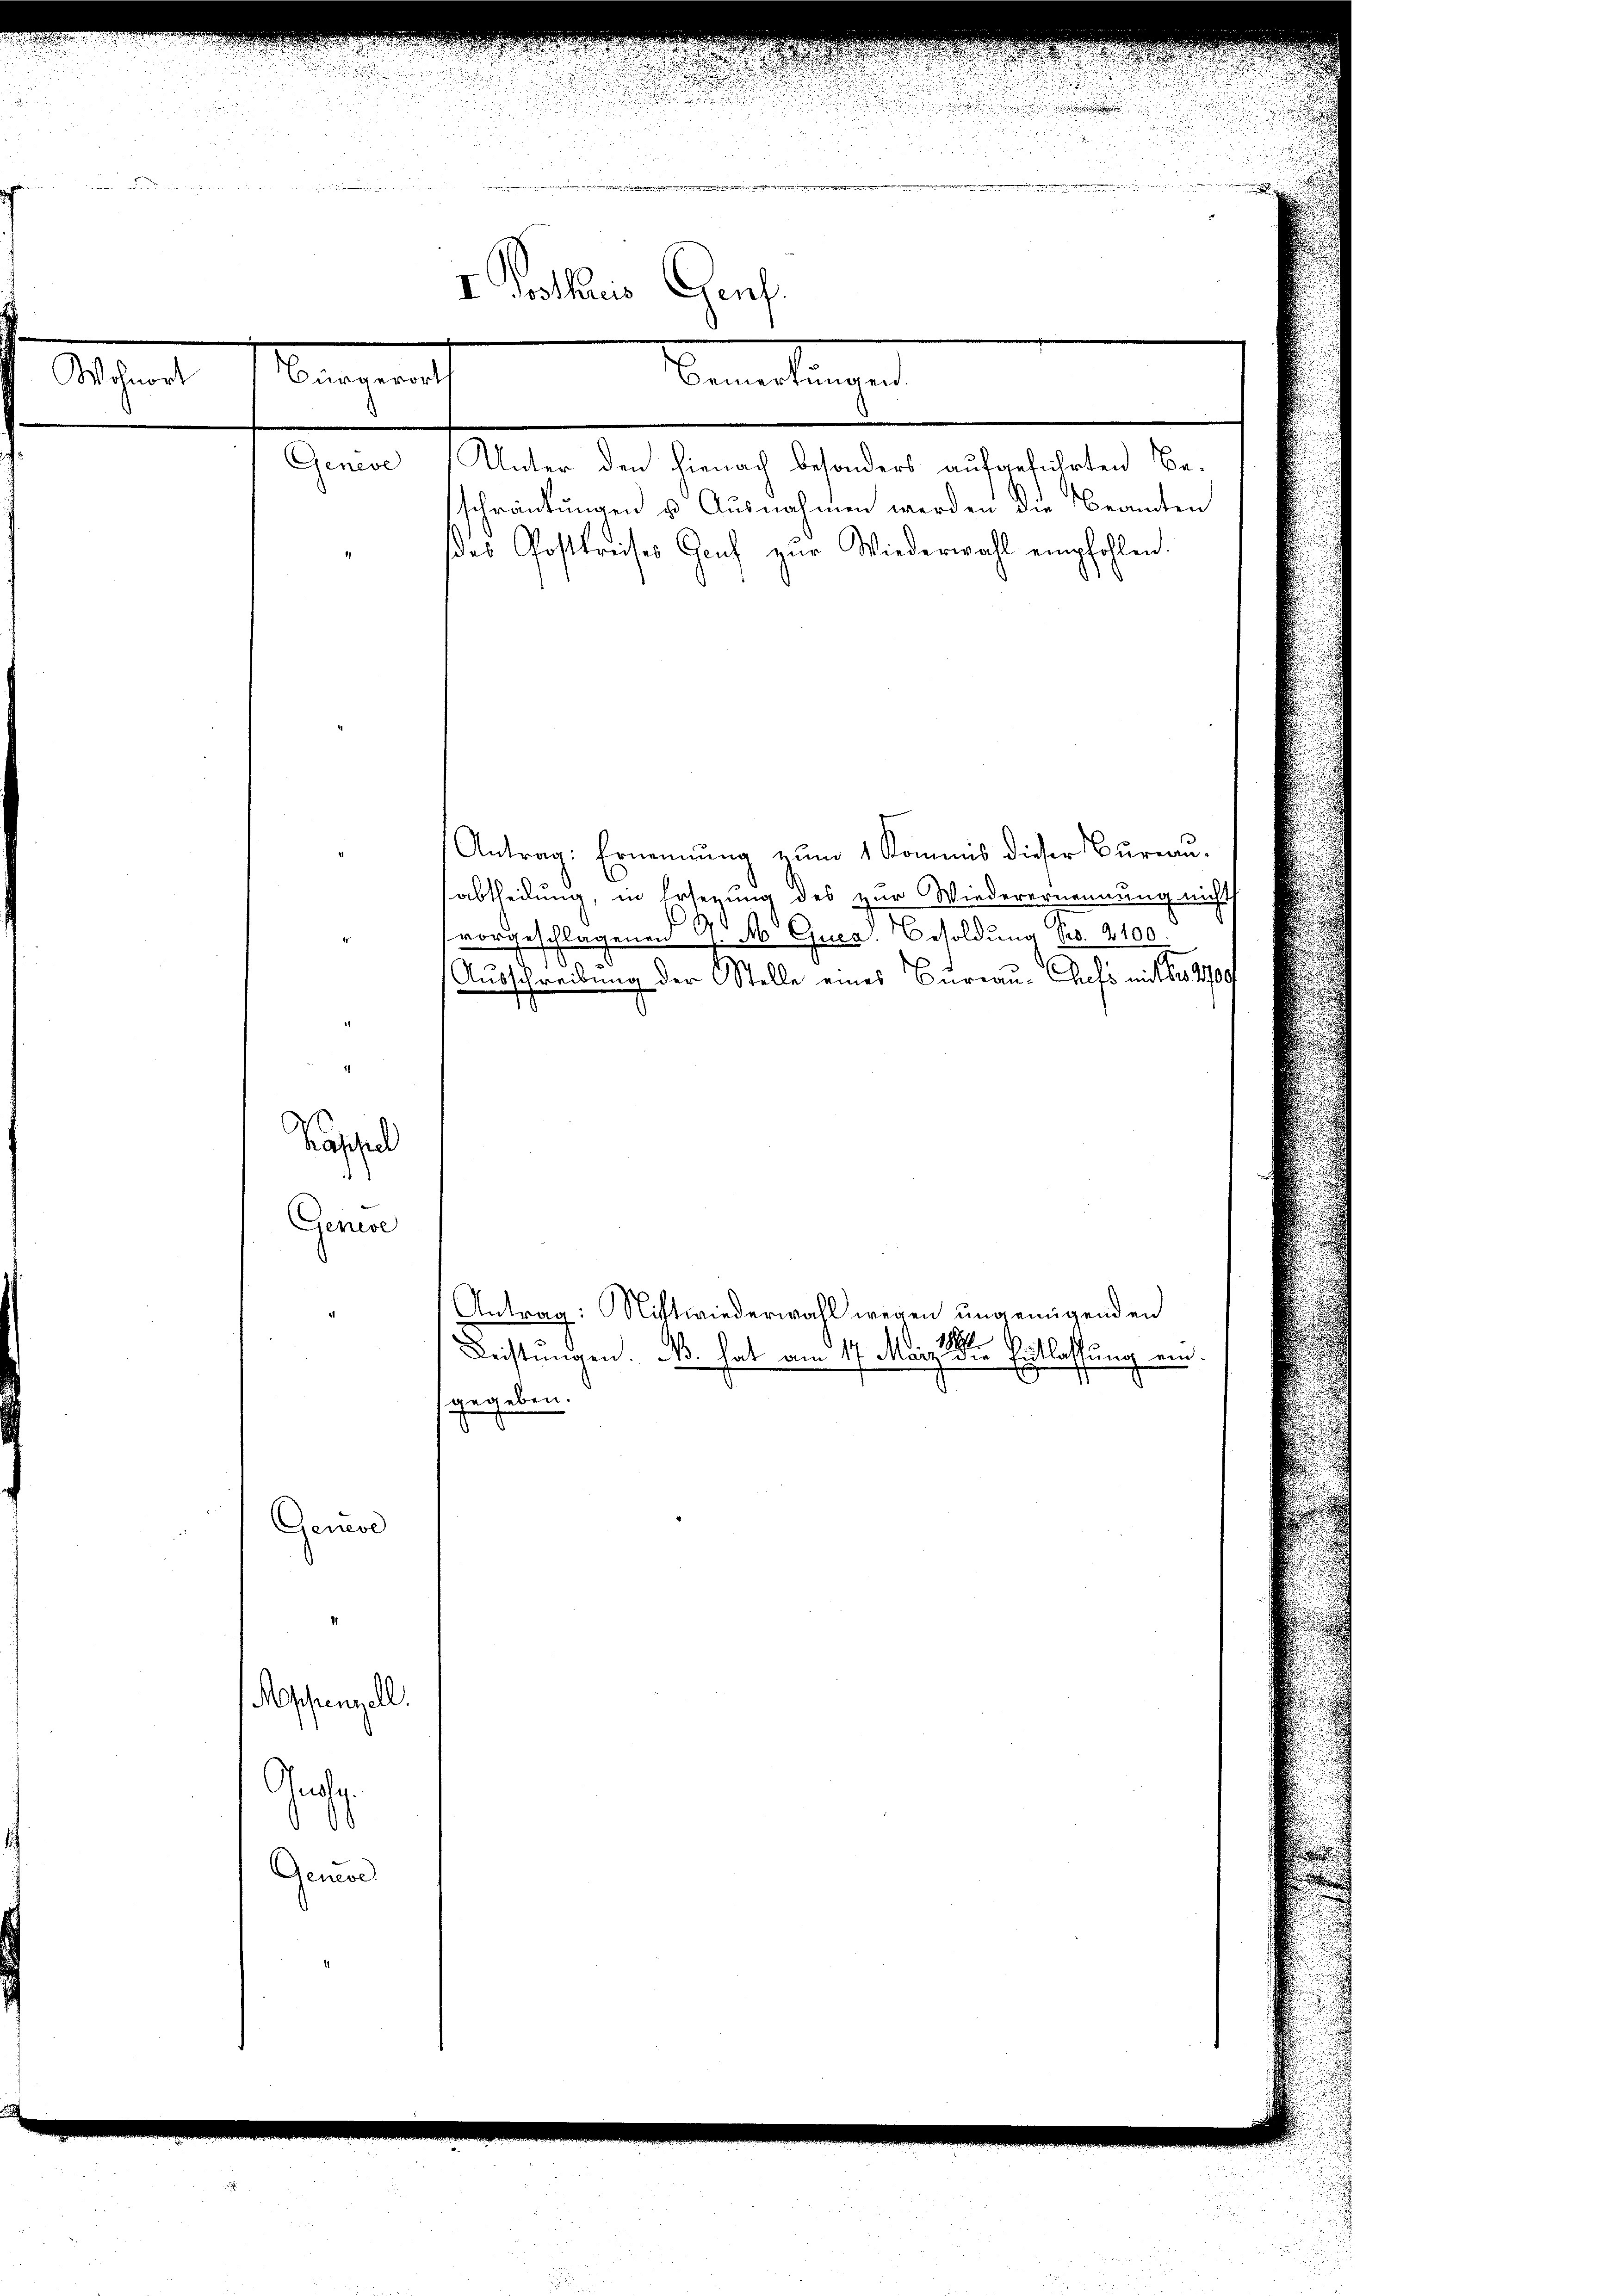
Wohnort

bergerich

I Pottaris Genf.

Geneve (Unter den hienach besonders aufgeführten Besschränkungen u. Ausnahmen werden die Beamten
des Postkreises Genf zur Wiederwahl empfohlen.
Antrag: Ernennung zŭm 1 Kommis dieser Büreaŭ.
abtheilung, in Ersezung des zur Wiederernennung nicht
vorgeschlagenen J. A. Guca. Besoldung Fr. 2100.
Ausschreibung der Stelle eines Bureau-Chefs mit Fr. 2700
Antrag: Nittwiederwahl wegen ungenügenden
Leistungen. N. hat am 17. März die Entlassung ein.
gegeben.
Genese
Moschenzell.
a¬
Gener

Kassel
Geneve

Bemerkungen